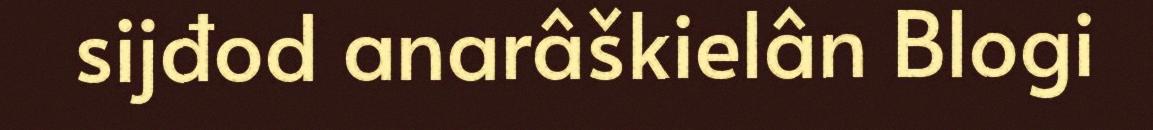
sijđod anarâškielân Blogi